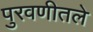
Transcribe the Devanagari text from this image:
पुरवणीतले